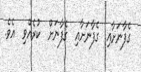
ގެފާނަށާއި  ގެފާނަށާއި  ގެފާނަށް  ކުރެއްވި  އެވެ.